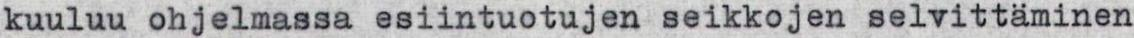
kuuluu ohjelmassa esiintuotujen seikkojen selvittäminen